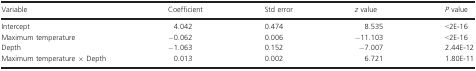
<table><thead><tr><td><b>Variable</b></td><td><b>Coefficient</b></td><td><b>Std error</b></td><td><b><i>z</i> value</b></td><td><b><i>P</i> value</b></td></tr></thead><tbody><tr><td>Intercept</td><td>4.042</td><td>0.474</td><td>8.535</td><td>&lt;2E‐16</td></tr><tr><td>Maximum temperature</td><td>−0.062</td><td>0.006</td><td>−11.103</td><td>&lt;2E‐16</td></tr><tr><td>Depth</td><td>−1.063</td><td>0.152</td><td>−7.007</td><td>2.44E‐12</td></tr><tr><td>Maximum temperature × Depth</td><td>0.013</td><td>0.002</td><td>6.721</td><td>1.80E‐11</td></tr></tbody></table>